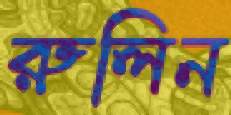
রুলিন